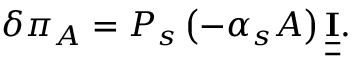
\delta \pi _ { A } = P _ { s } \left( - \alpha _ { s } A \right) \underline { { \underline { { \mathbf { I } } } } } .